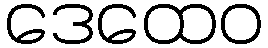
ဒေထေဝ